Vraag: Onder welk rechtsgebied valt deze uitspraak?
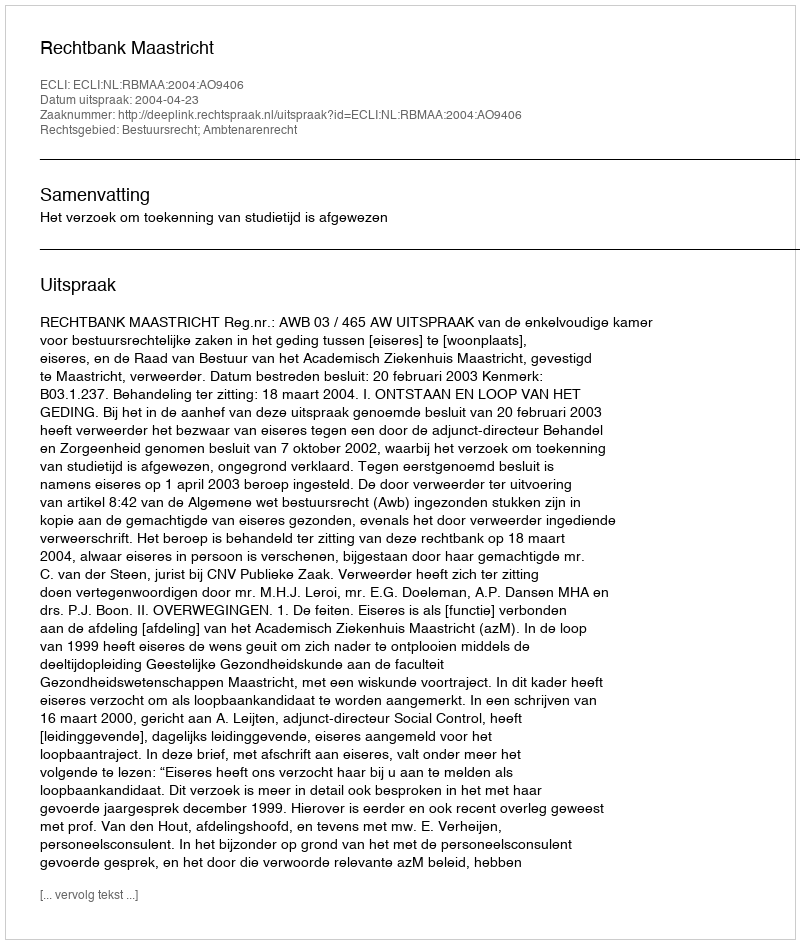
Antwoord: Bestuursrecht; Ambtenarenrecht